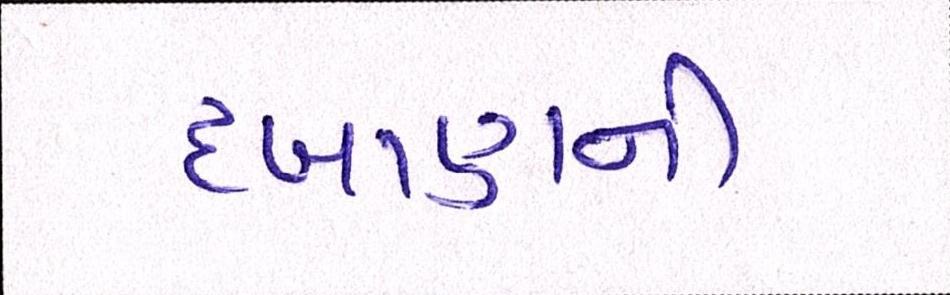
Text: દબાણની